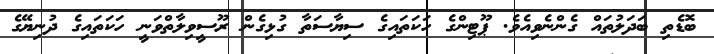
ބޮޑެތި ބަދަލުތައް ގެންނެވިއެވެ. ޕޫޓިންގެ ހަކަތައިގެ ސިޔާސަތާ ގުޅިގެން ރޫސީވިލާތްވަނީ ހަކަތައިގެ ދުނިޔޭގެ